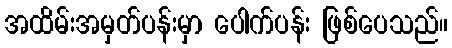
အထိမ်းအမှတ်ပန်းမှာ ပေါက်ပန်း ဖြစ်ပေသည်။